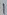
Text: 1